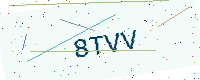
Text: 8TVV